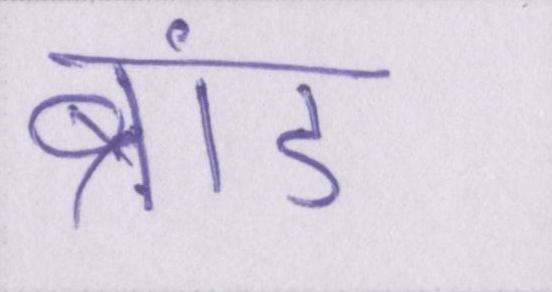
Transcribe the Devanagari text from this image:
ब्रांड